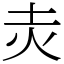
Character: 灻